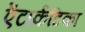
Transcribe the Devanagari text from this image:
ऐंटार्कटिका